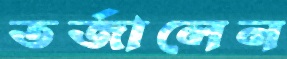
তর্জালেন